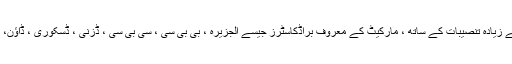
دنیا بھر میں ایکس این ایم ایکس ایکس سے زیادہ تنصیبات کے ساتھ ، مارکیٹ کے معروف براڈکاسٹرز جیسے الجزیرہ ، بی بی سی ، سی بی سی ، ڈزنی ، ڈسکوری ، ڈاؤن، ESPN ، اسکائی ، ویاسات اور WDR۔